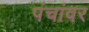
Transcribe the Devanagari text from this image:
पंचांवर